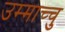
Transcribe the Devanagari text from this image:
उम्माच्चु